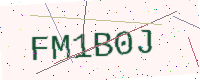
Text: FM1B0J